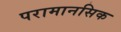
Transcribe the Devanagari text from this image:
परामानसिक